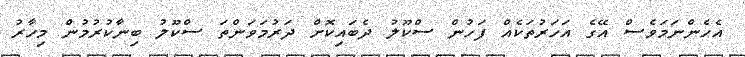
އެހެންނަމަވެސް އޭގެ އަހަރުތަކެއް ފަހުން ސްކޫލު ދެބައިކޮށް ދަރުމަވަންތަ ސްކޫލު ބިނާކުރުމުން މިހާރު